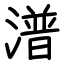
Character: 潽